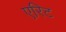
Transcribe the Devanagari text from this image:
एरिट